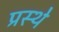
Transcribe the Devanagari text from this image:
प्रस्थे